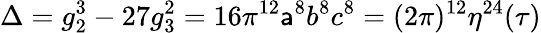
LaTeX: \Delta=g_{2}^{3}-27g_{3}^{2}=16\pi^{12}\mathsf{a}^{8}b^{8}c^{8}=(2\pi)^{12}\eta^{24}(\tau)